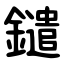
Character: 鑓